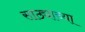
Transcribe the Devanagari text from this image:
साठ्याच्या